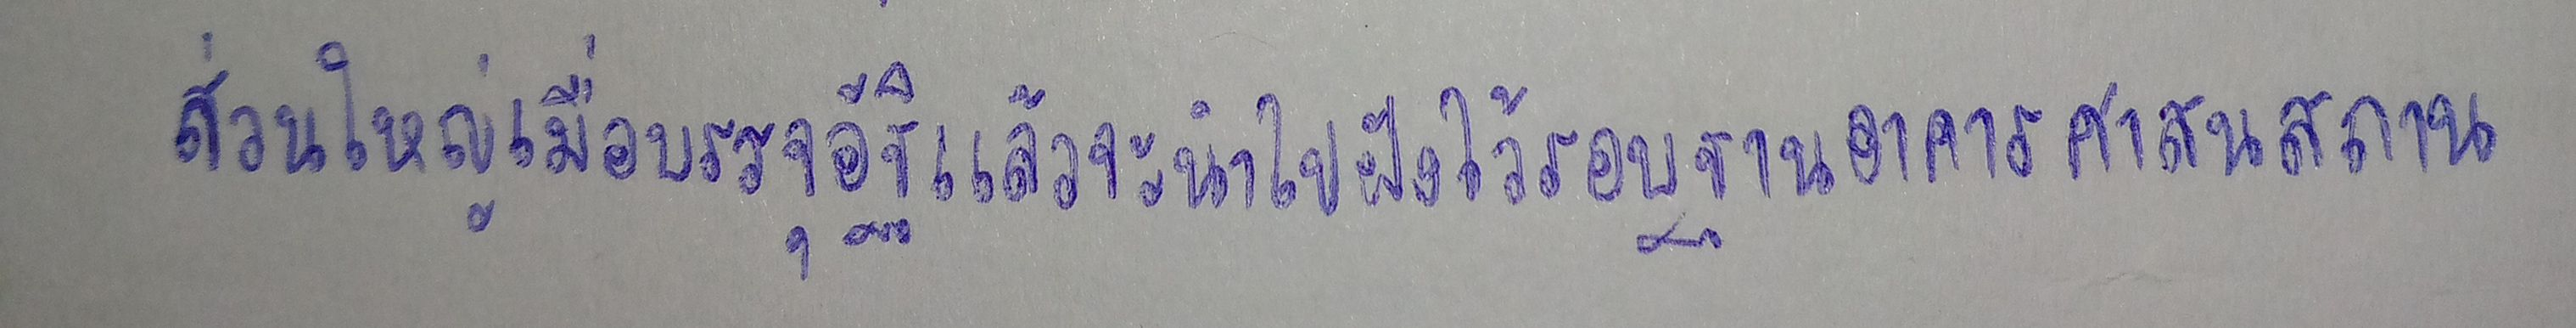
ส่วนใหญ่เมื่อบรรจุอัฐิแล้วจะนำไปฝังไว้รอบฐานอาคารศาสนสถาน